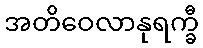
အတိဝေလာနုရက္ခီ